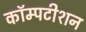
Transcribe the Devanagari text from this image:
कॉम्पटीशन